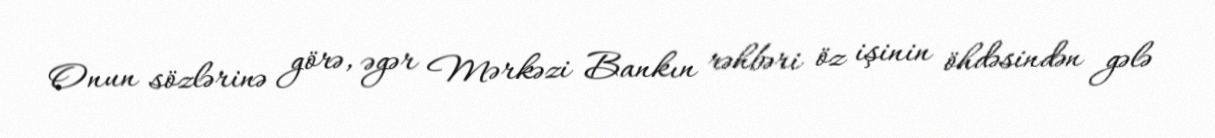
Onun sözlərinə görə, əgər Mərkəzi Bankın rəhbəri öz işinin öhdəsindən gələ